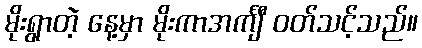
မိုးရွာတဲ့ နေ့မှာ မိုးကာအင်္ကျီ ဝတ်သင့်သည်။